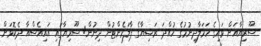
ސޫރިޔާއަށް ވައިގެ ހަމަލާދިނުމުގެ ހުއްދަ ރަޝިޔާގެ ޕާލަމެންޓުން ދިނުން: ސޫރިޔާގައި އައިއެސްއާ ދެކޮޅަށް